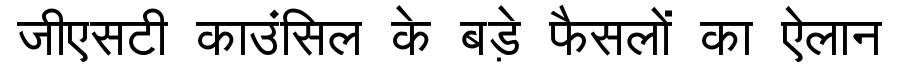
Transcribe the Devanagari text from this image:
जीएसटी काउंसिल के बड़े फैसलों का ऐलान